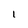
Character: l